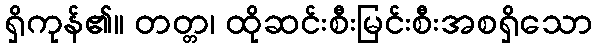
ရှိကုန်၏။ တတ္တ၊ ထိုဆင်းစီးမြင်းစီးအစရှိသော